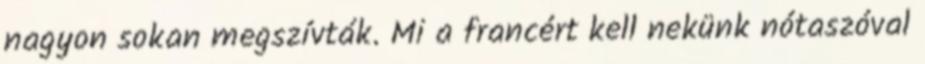
nagyon sokan megszívták. Mi a francért kell nekünk nótaszóval